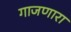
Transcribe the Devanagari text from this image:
गाजणारा